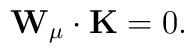
{\bf W}_\mu\cdot{\bf K}=0.